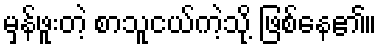
မှန်ဖူးတဲ့ စာသူငယ်ကဲ့သို့ ဖြစ်နေ၏။